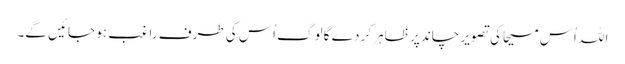
اللہ اُس مسیحا کی تصویر چاند پر ظاہر کر دے گا لوگ اُس کی طرف راغب ہو جائیں گے۔